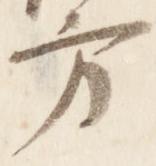
方